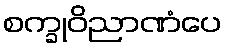
စက္ခုဝိညာဏံပေ